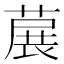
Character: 𬝳